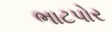
ભાટપોર